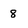
Character: 8